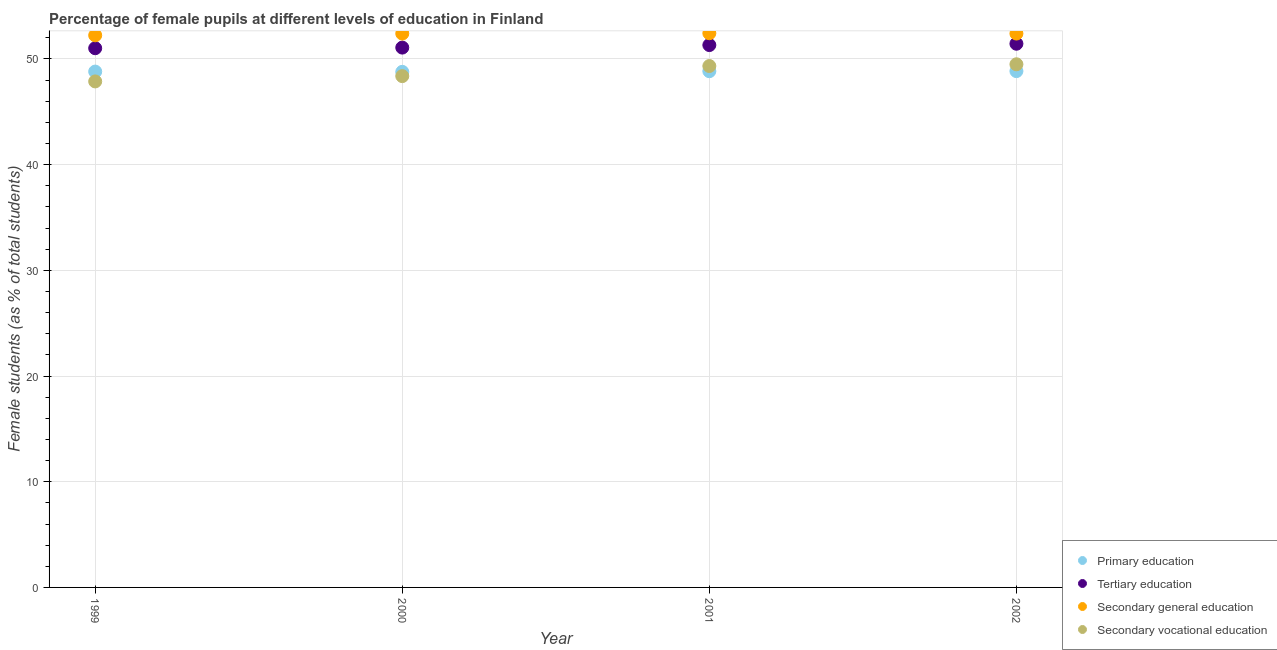
| Year | Primary education | Tertiary education | Secondary general education | Secondary vocational education |
 | --- | --- | --- | --- | --- |
 | 1999 | 48.8 | 51 | 52.2 | 47.9 |
 | 2000 | 48.8 | 51.1 | 52.4 | 48.4 |
 | 2001 | 48.8 | 51.3 | 52.4 | 49.3 |
 | 2002 | 48.9 | 51.4 | 52.4 | 49.5 |